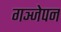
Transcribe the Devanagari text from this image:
गञ्जेपन